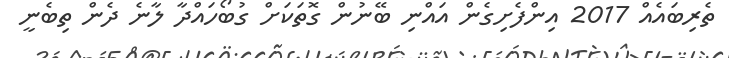
ތެރިބައެއް 2017 އިންފެށިގެން އައްނި ބޭނުން ގޮތަކަށް ގުބޯހައްދާ ލާނެ ދެން ތިބެނީ